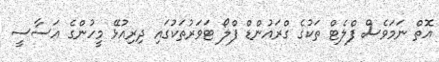
އޮތް ނަމަވެސް ފްލެޓް ތަކުގެ ގްރައުންޑް ފްލޯ ޓަވަރުތަކުގައި ދިރިއުޅޭ މީހުންގެ އަސާސީ